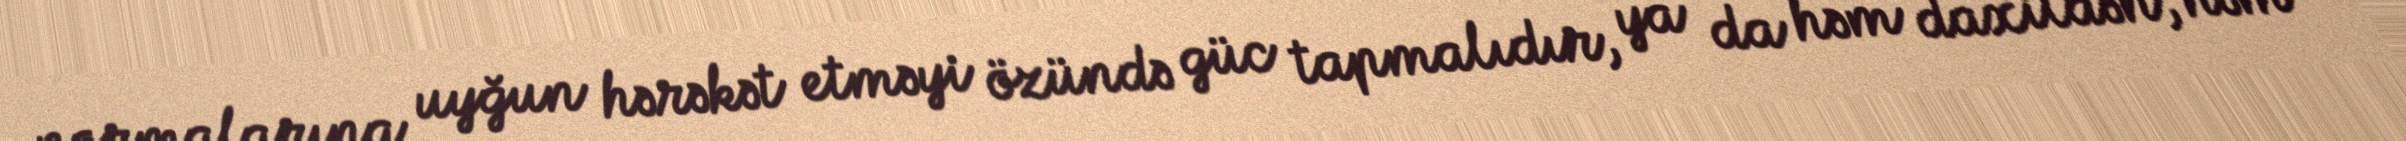
normalarına uyğun hərəkət etməyi özündə güc tapmalıdır, ya da həm daxildən, həm